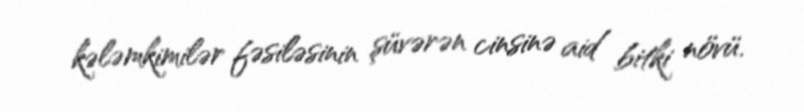
kələmkimilər fəsiləsinin şüvərən cinsinə aid bitki növü.